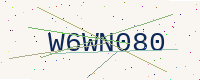
Text: W6WN080